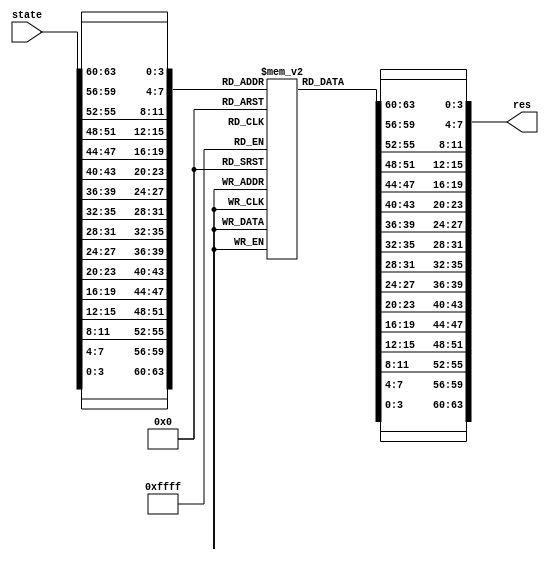
module SubCell(res,state);
	input [63:0]state;
	output [63:0]res;
	wire [63:0]res;
	reg [3:0]resbox[0:15];
	initial begin
		resbox[0]=5;resbox[1]=14;resbox[2]=15;resbox[3]=8;
		resbox[4]=12;resbox[5]=1;resbox[6]=2;resbox[7]=13;
		resbox[8]=11;resbox[9]=4;resbox[10]=6;resbox[11]=3;
		resbox[12]=0;resbox[13]=7;resbox[14]=9;resbox[15]=10;
	end
	assign res={resbox[state[63:60]],resbox[state[59:56]],resbox[state[55:52]],resbox[state[51:48]],resbox[state[47:44]],resbox[state[43:40]],resbox[state[39:36]],resbox[state[35:32]],resbox[state[31:28]],resbox[state[27:24]],resbox[state[23:20]],resbox[state[19:16]],resbox[state[15:12]],resbox[state[11:8]],resbox[state[7:4]],resbox[state[3:0]]};
	endmodule